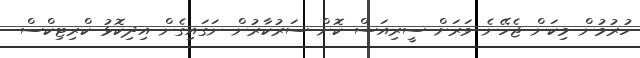
ހުރުމުން މިކަން ޖެހޭނެ ވަރަށް ސީރިއަސް ކޮށް ސަރުކާރުން ނަގައިގެން އިދިކޮޅު ކްރިޓިކްސް